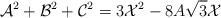
\begin{align*}\mathcal{A}^2+\mathcal{B}^2+\mathcal{C}^2=3\mathcal{X}^2-8A\sqrt{3}\mathcal{X}\end{align*}